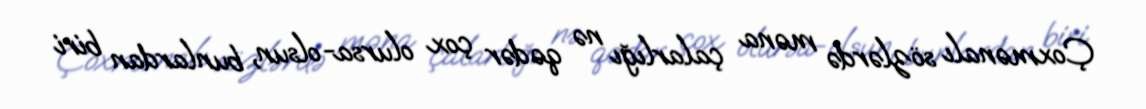
Çoxmənalı sözlərdə məna çalarlığı nə qədər çox olursa-olsun, bunlardan biri